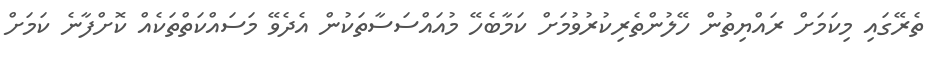
ތެރޭގައި މިކަމަށް ރައްޔިތުން ހޭލުންތެރިކުރުވުމަށް ކަމާބެހޭ މުއައްސަސާތަކުން އެދެވޭ މަސައްކަތްތަކެއް ކޮށްފާނެ ކަމަށް